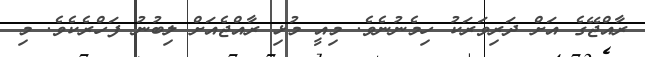
ރާއްޖޭގެ އަށް ދަރިވަރަކު ހިމެނުނެވެ. މިއީ މުޅި ރާއްޖެއަށް ލިބުނު ފަހްރެކެވެ. މި